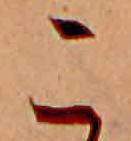
こ